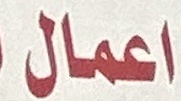
اعمال